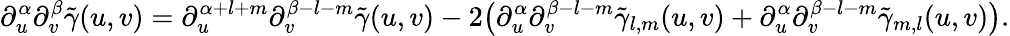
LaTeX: \partial_{u}^{\alpha}\partial_{v}^{\beta}\tilde{\gamma}(u,v)=\partial_{u}^{\alpha+l+m}\partial_{v}^{\beta-l-m}\tilde{\gamma}(u,v)-2\big(\partial_{u}^{\alpha}\partial_{v}^{\beta-l-m}\tilde{\gamma}_{l,m}(u,v)+\partial_{u}^{\alpha}\partial_{v}^{\beta-l-m}\tilde{\gamma}_{m,l}(u,v)\big).